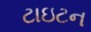
ટાઇટન